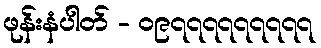
ဖုန်းနံပါတ် - ၀၉၇၇၇၇၇၇၇၇၇